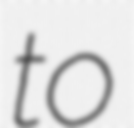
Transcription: to